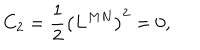
LaTeX: C _ { 2 } = \frac 1 2 \left( L ^ { M N } \right) ^ { 2 } = 0 ,